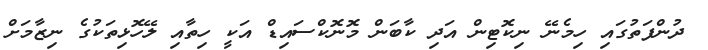
ދުންފަތުގައި ހިމެނޭ ނިކޮޓިން އަދި ކާބަން މޮނޮކްސައިޑް އަކީ ހިތާއި ލޭހޮޅިތަކުގެ ނިޒާމަށް